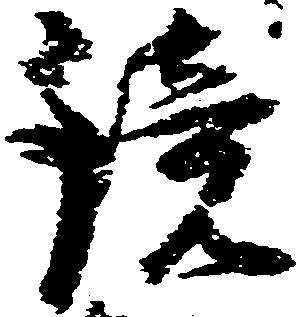
鏡